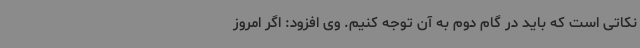
نکاتی است که باید در گام دوم به آن توجه کنیم. وی افزود: اگر امروز